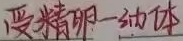
受精卵—幼体